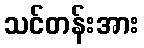
သင်တန်းအား